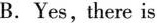
B.Yes, there is